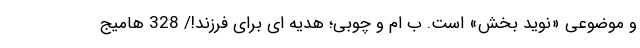
و موضوعی «نوید بخش» است. ب ام و چوبی؛ هدیه ای برای فرزند!/ 328 هامیج